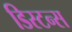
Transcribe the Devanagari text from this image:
डिस्‍टन्स